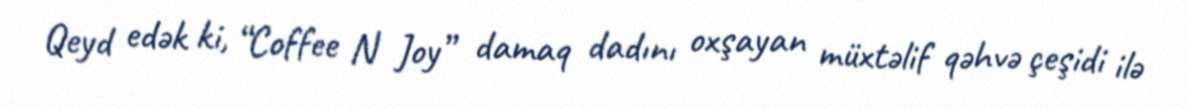
Qeyd edək ki, “Coffee N Joy” damaq dadını oxşayan müxtəlif qəhvə çeşidi ilə